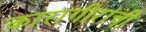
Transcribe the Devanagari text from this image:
कारागीरांची